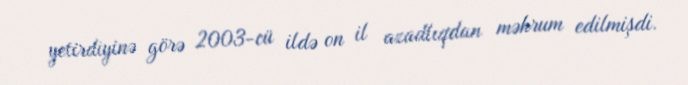
yetirdiyinə görə 2003-cü ildə on il azadlıqdan məhrum edilmişdi.